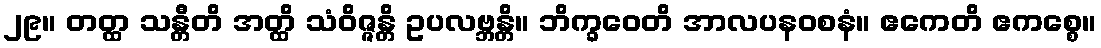
၂၉။ တတ္ထ သန္တီတိ အတ္ထိ သံဝိဇ္ဇန္တိ ဥပလဗ္ဘန္တိ။ ဘိက္ခဝေတိ အာလပနဝစနံ။ ဧကေတိ ဧကစ္စေ။